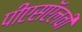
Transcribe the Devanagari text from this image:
पीएसऍलवी